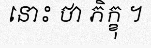
នោះ ថា ភិក្ខុ ។